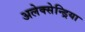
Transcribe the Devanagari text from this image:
अलेक्सेन्ड्रिया